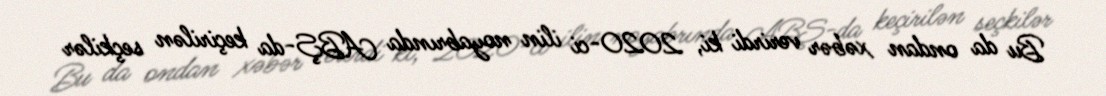
Bu da ondan xəbər verirdi ki, 2020-ci ilin noyabrında ABŞ-da keçirilən seçkilər